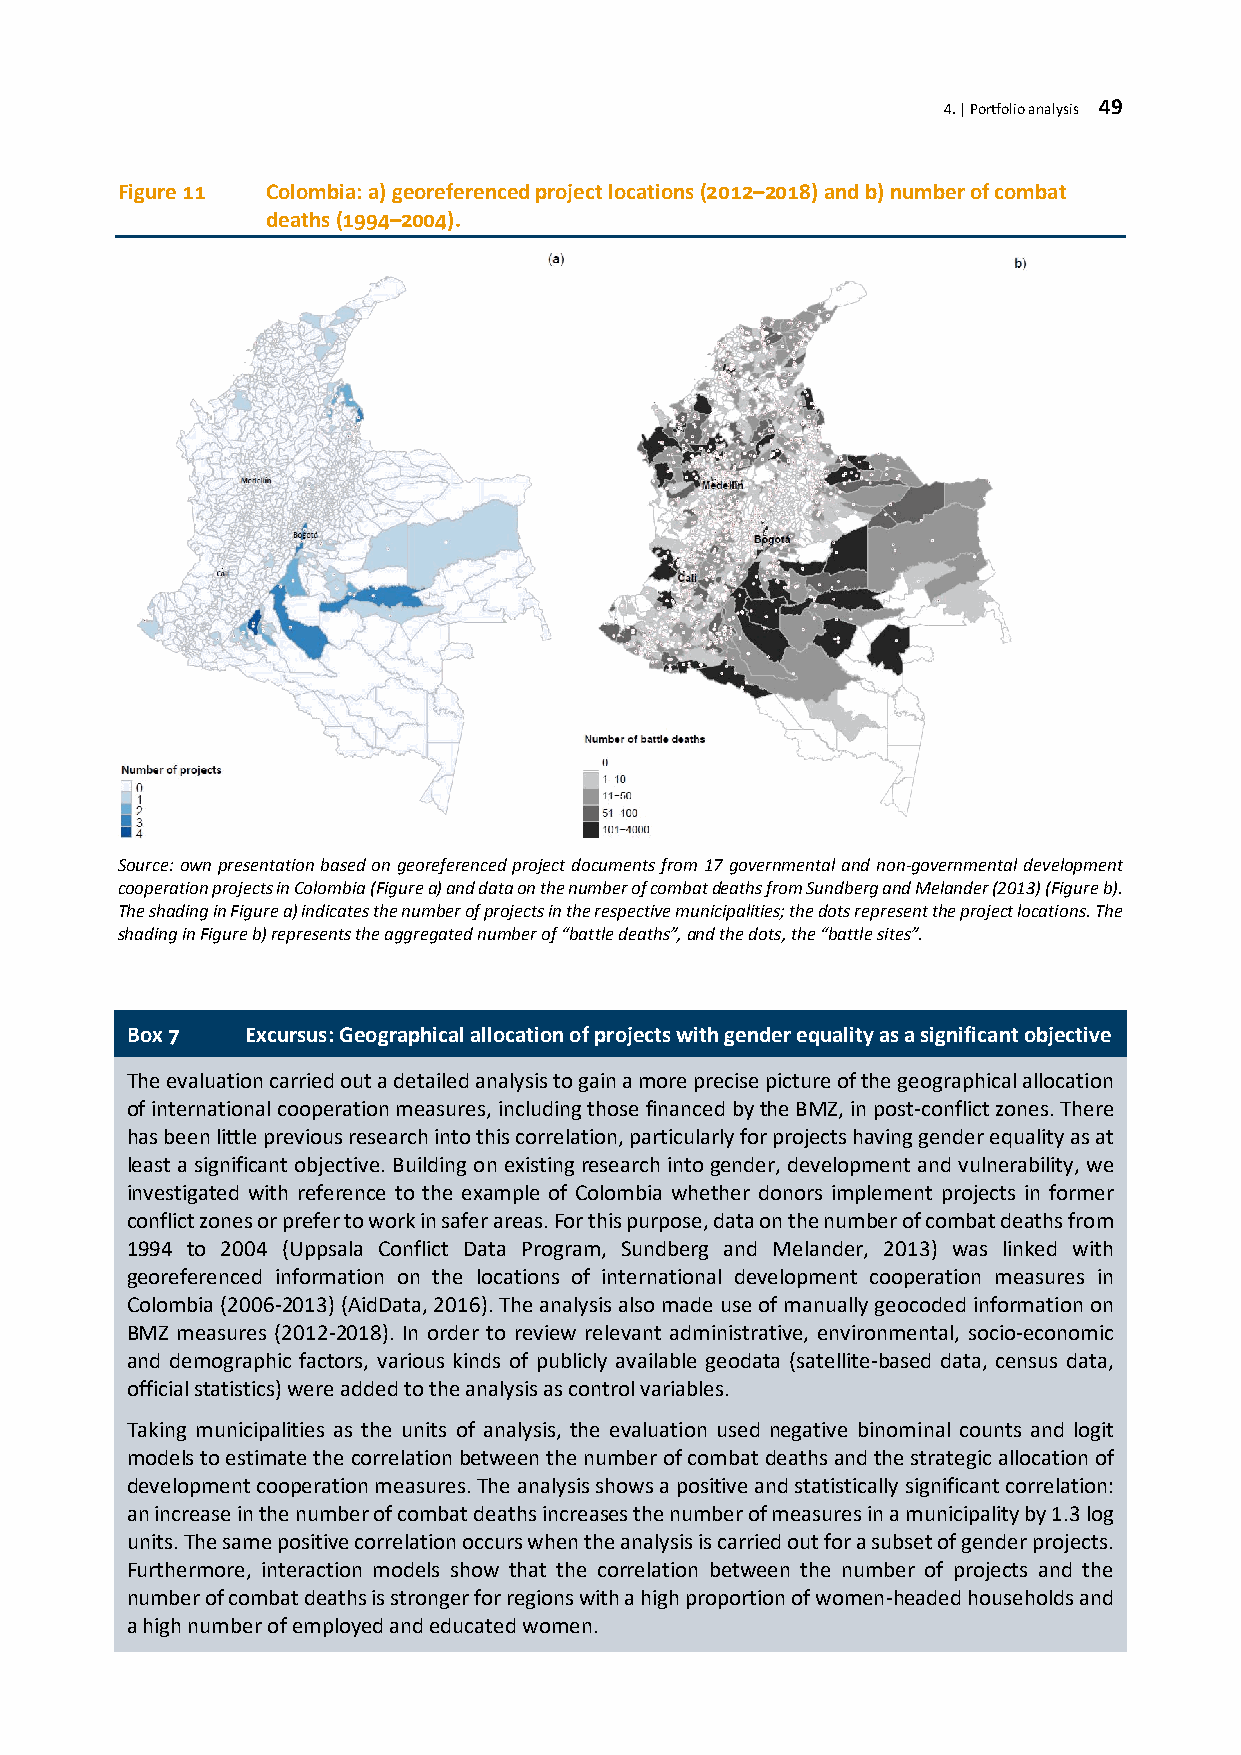
4. | Portfolio analysis 49
 Figure 11 Colombia: a) georeferenced project locations (2012–2018) and b) number of combat
 deaths (1994–2004).
 Source: own presentation based on georeferenced project documents from 17 governmental and non-governmental development
 cooperation projects in Colombia (Figure a) and data on the number of combat deaths from Sundberg and Melander (2013) (Figure b).
 The shading in Figure a) indicates the number of projects in the respective municipalities; the dots represent the project locations. The
 shading in Figure b) represents the aggregated number of “battle deaths”, and the dots, the “battle sites”.
 Box 7  Excursus: Geographical allocation of projects with gender equality as a significant objective
 The evaluation carried out a detailed analysis to gain a more precise picture of the geographical allocation
 of international cooperation measures, including those financed by the BMZ, in post-conflict zones. There
 has been little previous research into this correlation, particularly for projects having gender equality as at
 least a significant objective. Building on existing research into gender, development and vulnerability, we
 investigated with reference to the example of Colombia whether donors implement projects in former
 conflict zones or prefer to work in safer areas. For this purpose, data on the number of combat deaths from
 1994 to 2004 (Uppsala Conflict Data Program, Sundberg and Melander, 2013) was linked with
 georeferenced information on the locations of international development cooperation measures in
 Colombia (2006-2013) (AidData, 2016). The analysis also made use of manually geocoded information on
 BMZ measures (2012-2018). In order to review relevant administrative, environmental, socio-economic
 and demographic factors, various kinds of publicly available geodata (satellite-based data, census data,
 official statistics) were added to the analysis as control variables.
 Taking municipalities as the units of analysis, the evaluation used negative binominal counts and logit
 models to estimate the correlation between the number of combat deaths and the strategic allocation of
 development cooperation measures. The analysis shows a positive and statistically significant correlation:
 an increase in the number of combat deaths increases the number of measures in a municipality by 1.3 log
 units. The same positive correlation occurs when the analysis is carried out for a subset of gender projects.
 Furthermore, interaction models show that the correlation between the number of projects and the
 number of combat deaths is stronger for regions with a high proportion of women-headed households and
 a high number of employed and educated women.